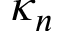
\kappa _ { n }